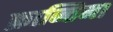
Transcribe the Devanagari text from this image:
क्रान्तिमा